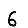
Digit: 6